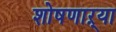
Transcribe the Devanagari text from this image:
शोषणाऱ्या